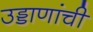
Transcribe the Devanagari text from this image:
उड्डाणांची